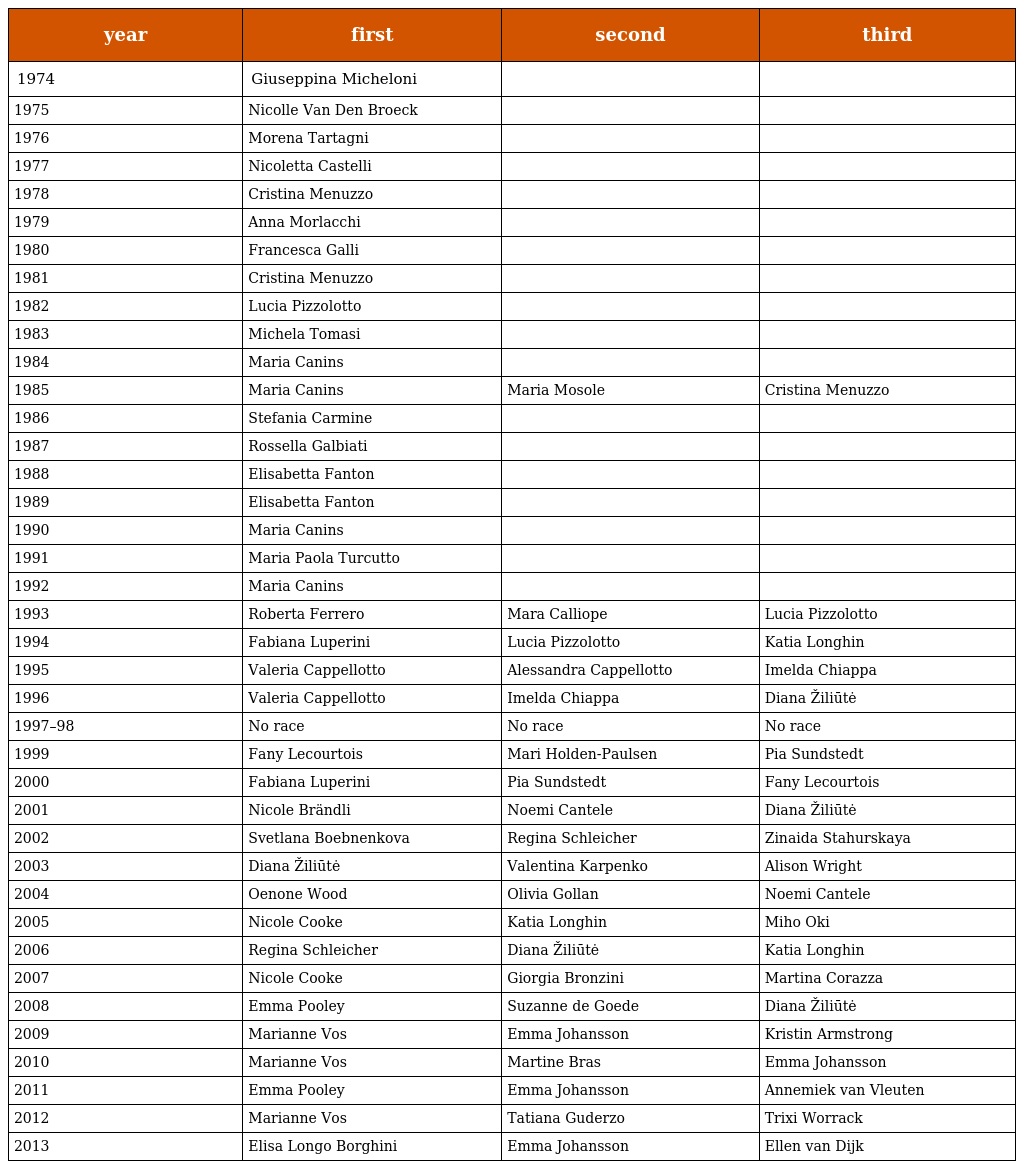
| year | first | second | third |
 | --- | --- | --- | --- |
 | 1974 | Giuseppina Micheloni |  |  |
 | 1975 | Nicolle Van Den Broeck |  |  |
 | 1976 | Morena Tartagni |  |  |
 | 1977 | Nicoletta Castelli |  |  |
 | 1978 | Cristina Menuzzo |  |  |
 | 1979 | Anna Morlacchi |  |  |
 | 1980 | Francesca Galli |  |  |
 | 1981 | Cristina Menuzzo |  |  |
 | 1982 | Lucia Pizzolotto |  |  |
 | 1983 | Michela Tomasi |  |  |
 | 1984 | Maria Canins |  |  |
 | 1985 | Maria Canins | Maria Mosole | Cristina Menuzzo |
 | 1986 | Stefania Carmine |  |  |
 | 1987 | Rossella Galbiati |  |  |
 | 1988 | Elisabetta Fanton |  |  |
 | 1989 | Elisabetta Fanton |  |  |
 | 1990 | Maria Canins |  |  |
 | 1991 | Maria Paola Turcutto |  |  |
 | 1992 | Maria Canins |  |  |
 | 1993 | Roberta Ferrero | Mara Calliope | Lucia Pizzolotto |
 | 1994 | Fabiana Luperini | Lucia Pizzolotto | Katia Longhin |
 | 1995 | Valeria Cappellotto | Alessandra Cappellotto | Imelda Chiappa |
 | 1996 | Valeria Cappellotto | Imelda Chiappa | Diana Žiliūtė |
 | 1997–98 | No race | No race | No race |
 | 1999 | Fany Lecourtois | Mari Holden-Paulsen | Pia Sundstedt |
 | 2000 | Fabiana Luperini | Pia Sundstedt | Fany Lecourtois |
 | 2001 | Nicole Brändli | Noemi Cantele | Diana Žiliūtė |
 | 2002 | Svetlana Boebnenkova | Regina Schleicher | Zinaida Stahurskaya |
 | 2003 | Diana Žiliūtė | Valentina Karpenko | Alison Wright |
 | 2004 | Oenone Wood | Olivia Gollan | Noemi Cantele |
 | 2005 | Nicole Cooke | Katia Longhin | Miho Oki |
 | 2006 | Regina Schleicher | Diana Žiliūtė | Katia Longhin |
 | 2007 | Nicole Cooke | Giorgia Bronzini | Martina Corazza |
 | 2008 | Emma Pooley | Suzanne de Goede | Diana Žiliūtė |
 | 2009 | Marianne Vos | Emma Johansson | Kristin Armstrong |
 | 2010 | Marianne Vos | Martine Bras | Emma Johansson |
 | 2011 | Emma Pooley | Emma Johansson | Annemiek van Vleuten |
 | 2012 | Marianne Vos | Tatiana Guderzo | Trixi Worrack |
 | 2013 | Elisa Longo Borghini | Emma Johansson | Ellen van Dijk |